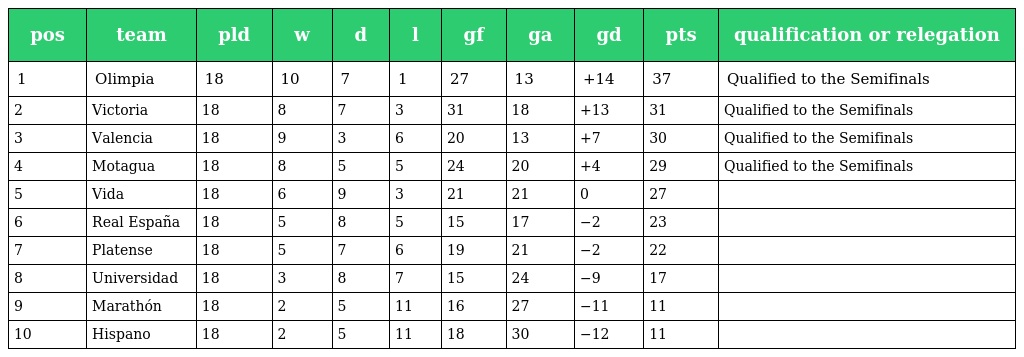
| pos | team | pld | w | d | l | gf | ga | gd | pts | qualification or relegation |
 | --- | --- | --- | --- | --- | --- | --- | --- | --- | --- | --- |
 | 1 | Olimpia | 18 | 10 | 7 | 1 | 27 | 13 | +14 | 37 | Qualified to the Semifinals |
 | 2 | Victoria | 18 | 8 | 7 | 3 | 31 | 18 | +13 | 31 | Qualified to the Semifinals |
 | 3 | Valencia | 18 | 9 | 3 | 6 | 20 | 13 | +7 | 30 | Qualified to the Semifinals |
 | 4 | Motagua | 18 | 8 | 5 | 5 | 24 | 20 | +4 | 29 | Qualified to the Semifinals |
 | 5 | Vida | 18 | 6 | 9 | 3 | 21 | 21 | 0 | 27 |  |
 | 6 | Real España | 18 | 5 | 8 | 5 | 15 | 17 | −2 | 23 |  |
 | 7 | Platense | 18 | 5 | 7 | 6 | 19 | 21 | −2 | 22 |  |
 | 8 | Universidad | 18 | 3 | 8 | 7 | 15 | 24 | −9 | 17 |  |
 | 9 | Marathón | 18 | 2 | 5 | 11 | 16 | 27 | −11 | 11 |  |
 | 10 | Hispano | 18 | 2 | 5 | 11 | 18 | 30 | −12 | 11 |  |